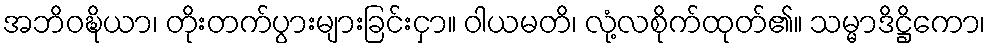
အဘိဝဍ္ဎိယာ၊ တိုးတက်ပွားများခြင်းငှာ။ ဝါယမတိ၊ လုံ့လစိုက်ထုတ်၏။ သမ္မာဒိဋ္ဌိကော၊